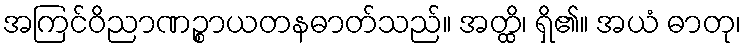
အကြင်ဝိညာဏဉ္စာယတနဓာတ်သည်။ အတ္ထိ၊ ရှိ၏။ အယံ ဓာတု၊